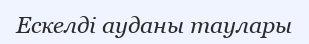
Ескелді ауданы таулары